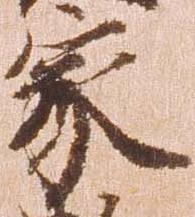
家